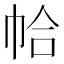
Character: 帢